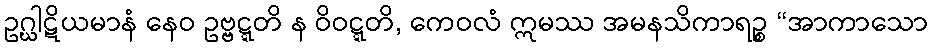
ဥဂ္ဃါဋိယမာနံ နေဝ ဥဗ္ဗဋ္ဋတိ န ဝိဝဋ္ဋတိ, ကေဝလံ ဣမဿ အမနသိကာရဉ္စ “အာကာသော